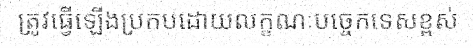
ត្រូវធ្វើឡើងប្រកបដោយលក្ខណៈបច្ចេកទេសខ្ពស់